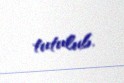
tutulub.